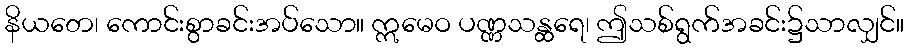
နိယတေ၊ ကောင်းစွာခင်းအပ်သော။ ဣမေဝ ပဏ္ဏသန္ထရေ၊ ဤသစ်ရွက်အခင်း၌သာလျှင်။